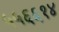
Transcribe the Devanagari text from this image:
५५६६१४